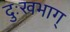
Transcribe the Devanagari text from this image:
दुःखभाग्